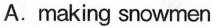
A.making snowmen